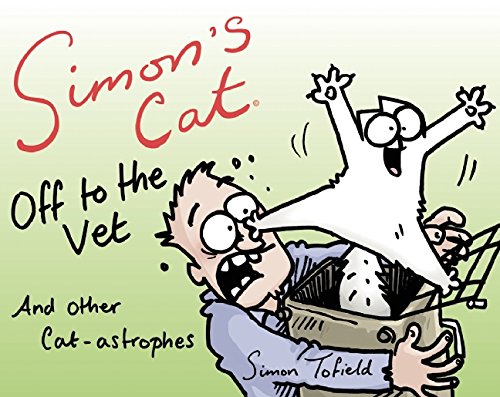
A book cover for Simon's Cat Off to the Vet . . . and Other Cat-astrophes; Comics & Graphic Novels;